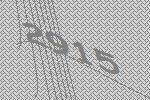
2915